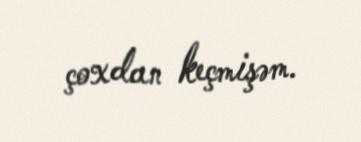
çoxdan keçmişəm.